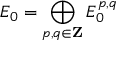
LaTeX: E _ { 0 } = \bigoplus _ { p , q \in \mathbf { Z } } E _ { 0 } ^ { p , q }